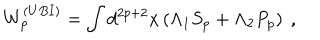
W _ { p } ^ { ( U B I ) } = \int d ^ { 2 p + 2 } x \left( \Lambda _ { 1 } S _ { p } + \Lambda _ { 2 } P _ { p } \right) \ ,